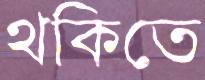
থকিতে